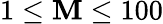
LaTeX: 1\le\mathbf{M}\le100